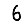
Digit: 6